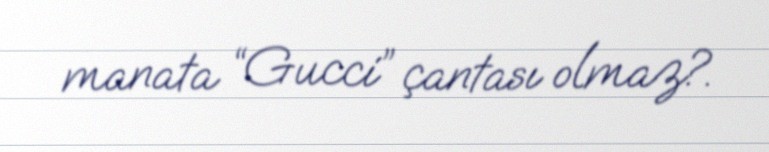
manata “Gucci” çantası olmaz?.